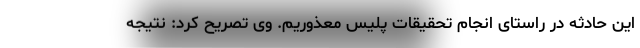
این حادثه در راستای انجام تحقیقات پلیس معذوریم. وی تصریح کرد: نتیجه